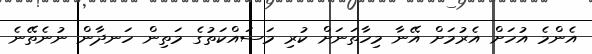
އެންމެ އުހަށް އެރުމަށް އޭނާ މިހާތަނަށް ކުރި މަސައްކަތުގެ މަތިން ހަނދާން ނުނެތޭނެ